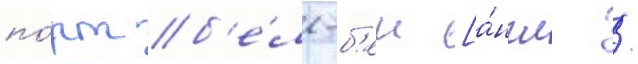
по́рт б'е́лл-б'еи [а́нгл. /